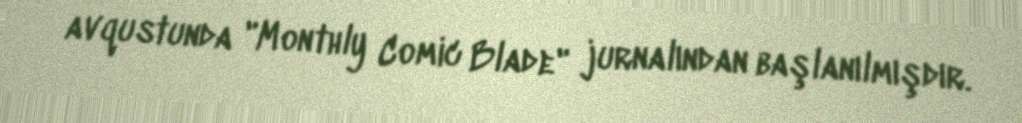
avqustunda "Monthly Comic Blade" jurnalından başlanılmışdır.